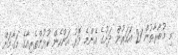
މި މުބާރާތުން 21 އަހަރުން ދަށުގެ އެންމެ މޮޅު އަންހެން ކުޅުންތެރިއާގެ މަގާމަށް